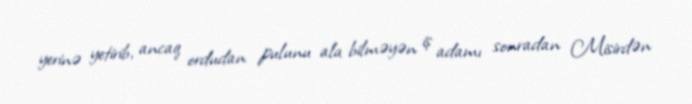
yerinə yetirib, ancaq ordudan pulunu ala bilməyən iş adamı sonradan Misirdən